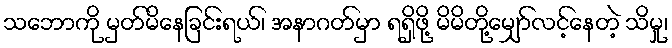
သဘောကို မှတ်မိနေခြင်းရယ်၊ အနာဂတ်မှာ ရရှိဖို့ မိမိတို့မျှော်လင့်နေတဲ့ သိမှု၊